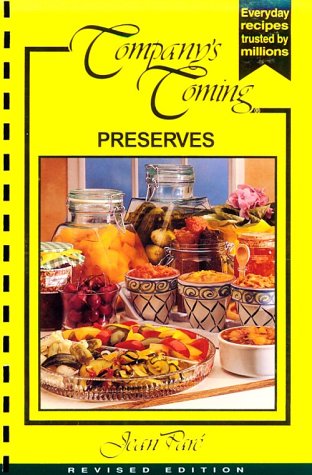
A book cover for Preserves (Original Series); Jean ParÃ©; Cookbooks, Food & Wine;